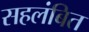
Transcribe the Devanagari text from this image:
सहलंबित